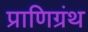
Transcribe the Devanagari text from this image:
प्राणिग्रंथ